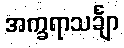
အက္ခရာသင်္ချာ